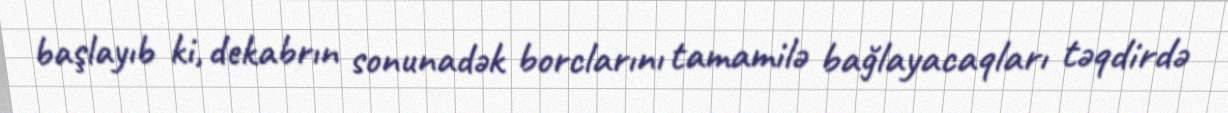
başlayıb ki, dekabrın sonunadək borclarını tamamilə bağlayacaqları təqdirdə